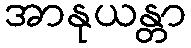
အာနုယန္တာ